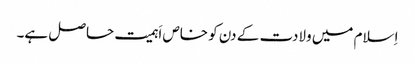
اِسلام میں ولادت کے دن کو خاص اَہمیت حاصل ہے۔